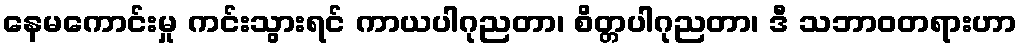
နေမကောင်းမှု ကင်းသွားရင် ကာယပါဂုညတာ၊ စိတ္တပါဂုညတာ၊ ဒီ သဘာဝတရားဟာ